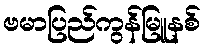
ဗမာပြည်ကွန်မြူနစ်